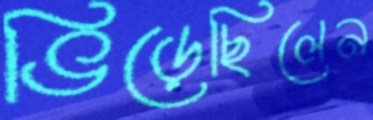
ভিড়েছিলেন